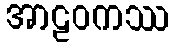
အာဠဝကဿ